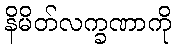
နိမိတ်လက္ခဏာကို